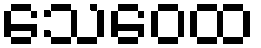
သေဝေထ